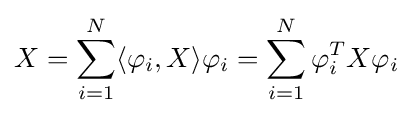
X=\sum _{i=1}^{N}\langle \varphi _{i},X\rangle \varphi _{i}=\sum _{i=1}^{N}\varphi _{i}^{T}X\varphi _{i}